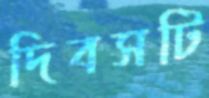
দিবসটি